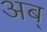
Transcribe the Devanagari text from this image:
अब्